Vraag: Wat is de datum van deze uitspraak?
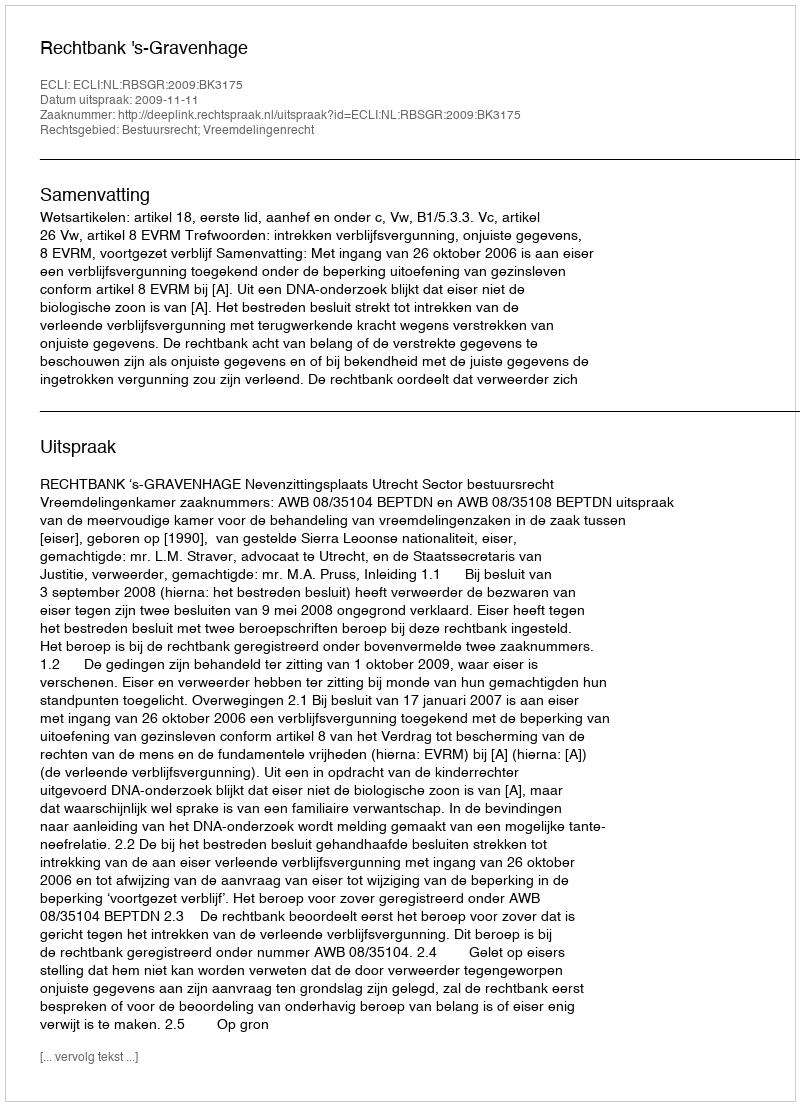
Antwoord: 2009-11-11